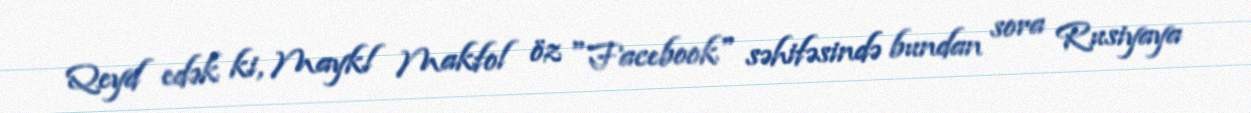
Qeyd edək ki, Maykl Makfol öz "Facebook" səhifəsində bundan sora Rusiyaya